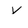
Character: V